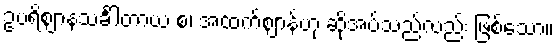
ဥပရိဈာနသင်္ခါတာယ စ၊ အထက်ဈာန်ဟု ဆိုအပ်သည်လည်း ဖြစ်သော။